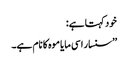
خود کہتا ہے:
’’سنسار اسی مایا موہ کا نام ہے۔